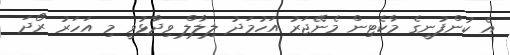
އެ ކުންފުނީގެ މާކެޓިން މެނޭޖަރު އަހުމަދު ލިލާލް ވިދާޅުވީ މި އަހަރު ރޯދަ